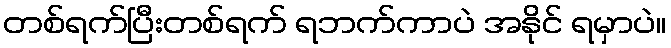
တစ်ရက်ပြီးတစ်ရက် ရဘက်ကာပဲ အနိုင် ရမှာပဲ။